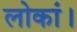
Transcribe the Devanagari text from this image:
लोकां।